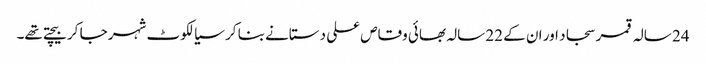
24 سالہ قمر سجاد اور ان کے 22 سالہ بھائی وقاص علی دستانے بنا کر سیالکوٹ شہر جا کر بیچتے تھے۔